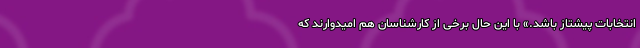
انتخابات پیشتاز باشد.» با این حال برخی از کارشناسان هم امیدوارند که